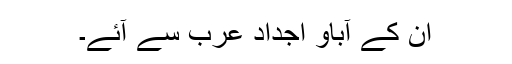
ان کے آباو اجداد عرب سے آئے۔